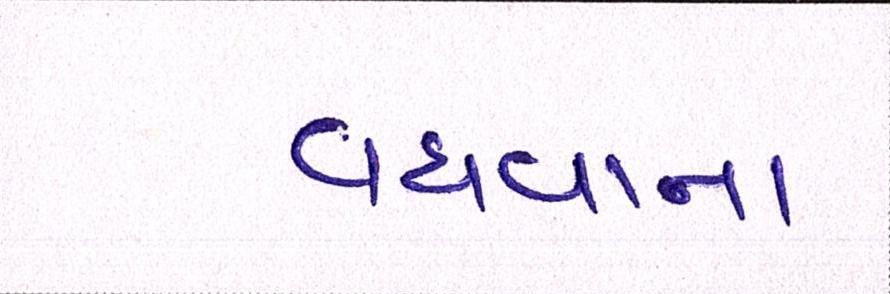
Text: વધવાના